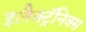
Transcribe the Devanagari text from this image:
इलैक्ट्रॅनिक्स